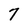
Character: 7